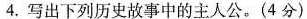
4.写出下列历史故事中的主人公。(4分)